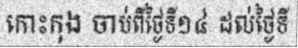
កោះកុង ចាប់ពីថ្ងៃទី១៤ ដល់ថ្ងៃទី